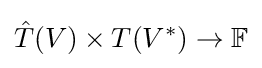
{\hat {T}}(V)\times T(V^{*})\to \mathbb {F}